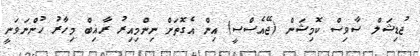
ޖުޑިޝަލް ސާވިސް ކޮމިޝަން (ޖޭއެސްސީ) އިން އެގޮތަށް ނިންމިއިރު ރާޣިބް މިހާރު ހުންނަވަނީ